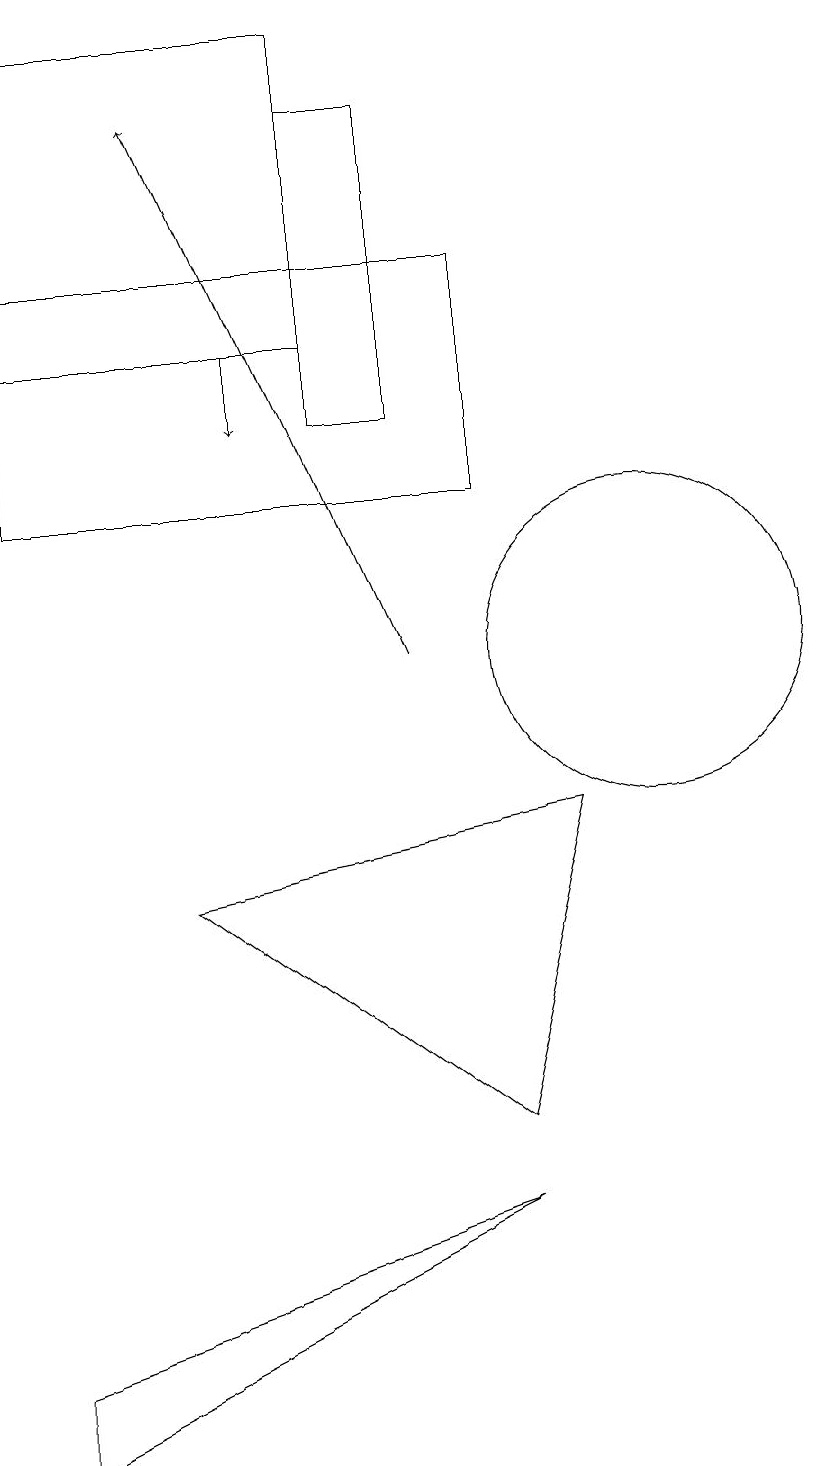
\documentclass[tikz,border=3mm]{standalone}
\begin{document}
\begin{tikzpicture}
\draw (6,17) rectangle (7,13);
\draw[->] (7,10) -- (4,17);
\draw[->] (5,14) -- (5,13);
\draw (10,10) circle (2);
\draw (6,14) rectangle (2,18);
\draw (8,3) -- (2,1) -- (2,0) -- cycle;
\draw (8,12) rectangle (2,15);
\draw (8,4) -- (9,8) -- (4,7) -- cycle;
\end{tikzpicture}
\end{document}